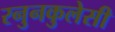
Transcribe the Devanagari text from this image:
रनुनकुलेसी